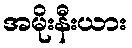
အမိုးနီးယား